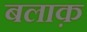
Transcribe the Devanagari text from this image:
बलाक़